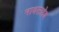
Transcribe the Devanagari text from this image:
नाथसाहेब